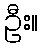
ဦး။